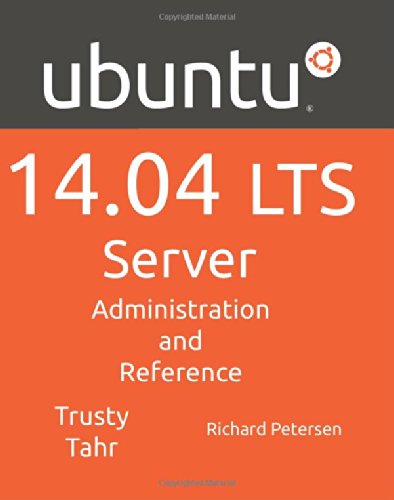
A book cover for Ubuntu 14.04 Lts Server: Administration and Reference; Richard Leland Petersen; Computers & Technology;